Leaving Certificate Examination (including Day School Certificate (Higher) General paper), 1935
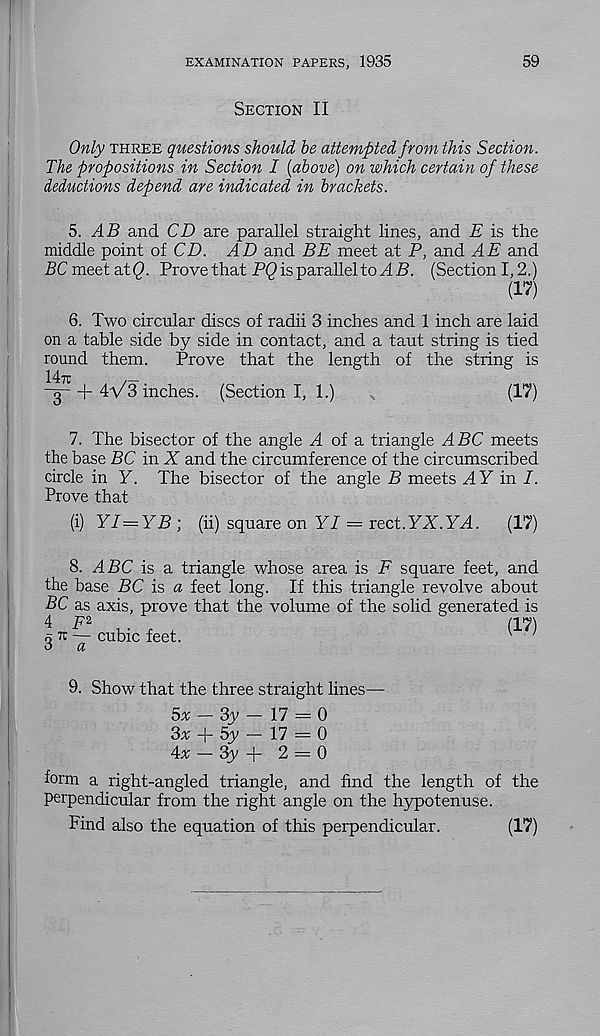
EXAMINATION PAPERS, 1935
59
Section II
Only three questions should he attempted from this Section.
The propositions in Section I {above) on which certain of these
deductions depend are indicated in brackets.
5. A B and CD are parallel straight lines, and E is the
middle point of CD. AD and BE meet at P, and AE and
BC meet at (9. Prove that PQ is parallel to A B. (Section 1,2.)
(17)
6. Two circular discs of radii 3 inches and 1 inch are laid
on a table side by side in contact, and a taut string is tied
round them.
Prove that the length of the string is
-g-+ dVS inches. (Section I, 1.)
(17)
7. The bisector of the angle d. of a triangle A BC meets
the base BC in X and the circumference of the circumscribed
circle in Y. The bisector of the angle B meets AY in I.
Prove that
(i) YI—YB ; (ii) square on YI - vect.YX.YA.
(17)
8. ABC is a triangle whose area is F square feet, and
the base BC is a feet long. If this triangle revolve about
BC as axis, prove that the volume of the solid generated is
1 • r ,
(17)
o k — cubic feet.
v
'
o
a
9. Show that the three straight lines—
5a: — 3y — 17 = 0
3a: + 5y — 17 = 0
4a: — 3y + 2 = 0
form a right-angled triangle, and find the length of the
perpendicular from the right angle on the hypotenuse.
Find also the equation of this perpendicular.
(17)